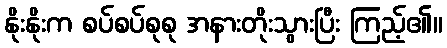
နိုးနိုးက စပ်စပ်စုစု အနားတိုးသွားပြီး ကြည့်၏။